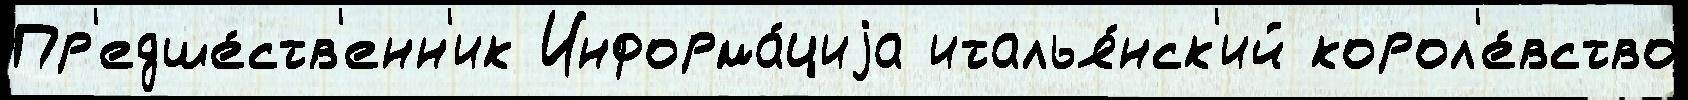
Пр'едше́ств'енн'ик Информа́циjа италья́нск'ий корол'е́вство